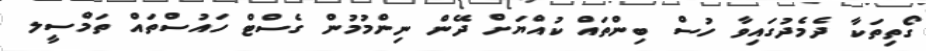
ގޯތިތަކާ ދެމެދުގައިވާ ހުސް ބިންތައް ކުއްޔަށް ދޭން ނިންމުމުން ގެސްޓް ހައުސްތައް ތަމްސީލ